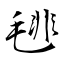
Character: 毴